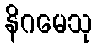
နိဂမေသု